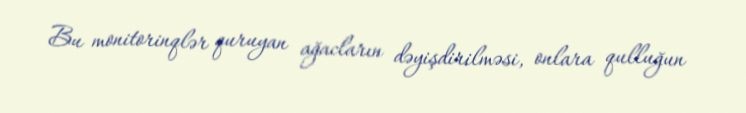
Bu monitorinqlər quruyan ağacların dəyişdirilməsi, onlara qulluğun